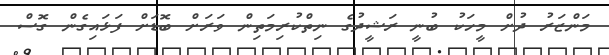
މަންޒަރު ދުށް މީހަކު ބުނީ ރަޝީދުގެ ނިތްކުރިމަތިން ވަރަށް ބޮޑަށް ފަޅައިގެން ގޮސް